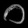
Digit: ၀